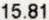
15.81